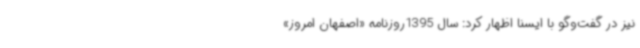
نیز در گفت‌وگو با ایسنا اظهار کرد: سال 1395روزنامه «اصفهان امروز»